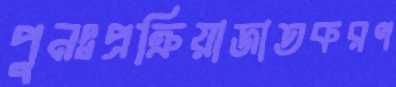
পুনঃপ্রক্রিয়াজাতকরণ